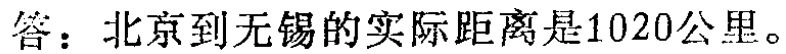
答：北京到无锡的实际距离是1020公里。